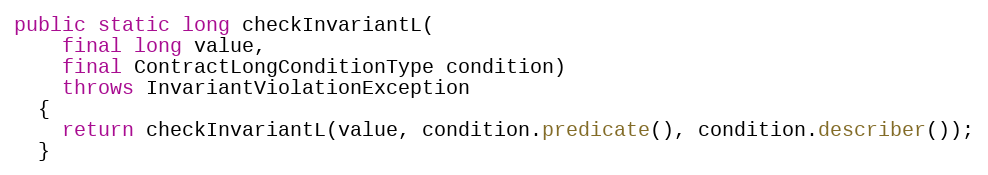
Language: Java
public static long checkInvariantL(
    final long value,
    final ContractLongConditionType condition)
    throws InvariantViolationException
  {
    return checkInvariantL(value, condition.predicate(), condition.describer());
  }